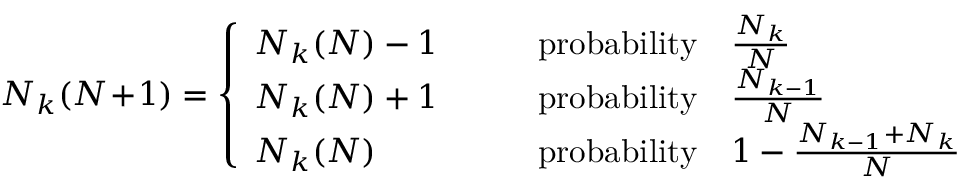
N _ { k } ( N \! + \! 1 ) = \left\{ \begin{array} { l l } { N _ { k } ( N ) - 1 } & { \qquad \mathrm { p r o b a b i l i t y } \quad \frac { N _ { k } } { N } } \\ { N _ { k } ( N ) + 1 } & { \qquad \mathrm { p r o b a b i l i t y } \quad \frac { N _ { k - 1 } } { N } } \\ { N _ { k } ( N ) } & { \qquad \mathrm { p r o b a b i l i t y } \quad 1 - \frac { N _ { k - 1 } + N _ { k } } { N } } \end{array} \right.